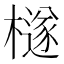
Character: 檖